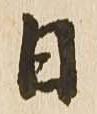
日